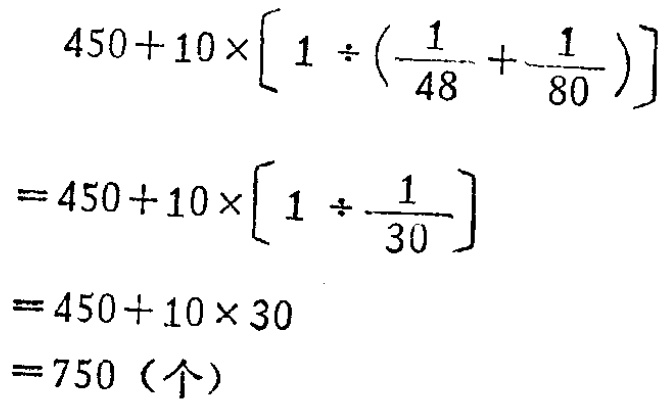
\[
\begin{align*}
&450 + 10\times\left[1\div\left(\frac{1}{48}+\frac{1}{80}\right)\right]\\
=&450 + 10\times\left[1\div\frac{1}{30}\right]\\
=&450 + 10\times30\\
=&750 (\text{个})
\end{align*}
\]